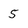
Character: 5